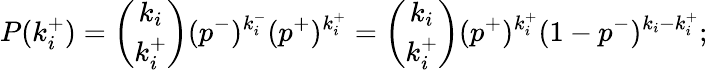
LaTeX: P(k_{i}^{+})=\binom{k_{i}}{k_{i}^{+}}(p^{-})^{k_{i}^{-}}(p^{+})^{k_{i}^{+}}=\binom{k_{i}}{k_{i}^{+}}(p^{+})^{k_{i}^{+}}(1-p^{-})^{k_{i}-k_{i}^{+}};